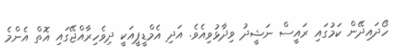
ހޯދައިދޭން ކަމުގައި ރައީސް ނަޝީދު ވިދާޅުވިއެވެ. އަދި އެމްޑީޕީއަކީ ދިވެހިރާއްޖޭގައި އޮތް އެންމެ